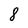
Character: 8